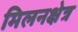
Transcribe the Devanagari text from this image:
मिलनक्षेत्र